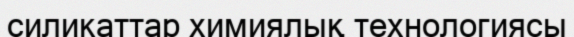
силикаттар химиялық технологиясы